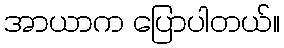
အာယာက ပြောပါတယ်။